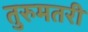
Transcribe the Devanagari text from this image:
तुरुमतरी